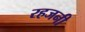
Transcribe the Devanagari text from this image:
रहजनी